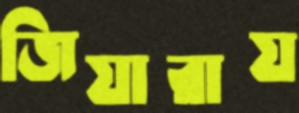
জিয়ারায়